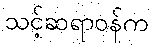
သင့်ဆရာဝန်က